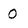
Character: 0